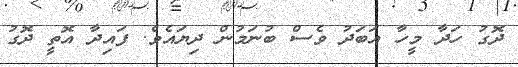
ދޮގު ހަދާ މީހާ އަބަދު ވެސް ބުނަމުން ދިޔައެވެ. ފައިދާ އޮތީ ދޮގު